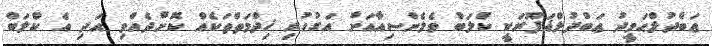
ޢަބްދުލްޙަމީދު ޢަބްދުލްޣަފޫރަކީ ކްލަބް ވެލެންސިއާއަށް އަގުހުރި ޚިދްމަތްތަކެއް ކޮށްދެއްވި އަދި އެ ކްލަބް